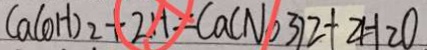
C a ( O H ) _ { 2 } + 2 H = C a ( N O _ { 3 } ) 2 + 2 H _ { 2 } O